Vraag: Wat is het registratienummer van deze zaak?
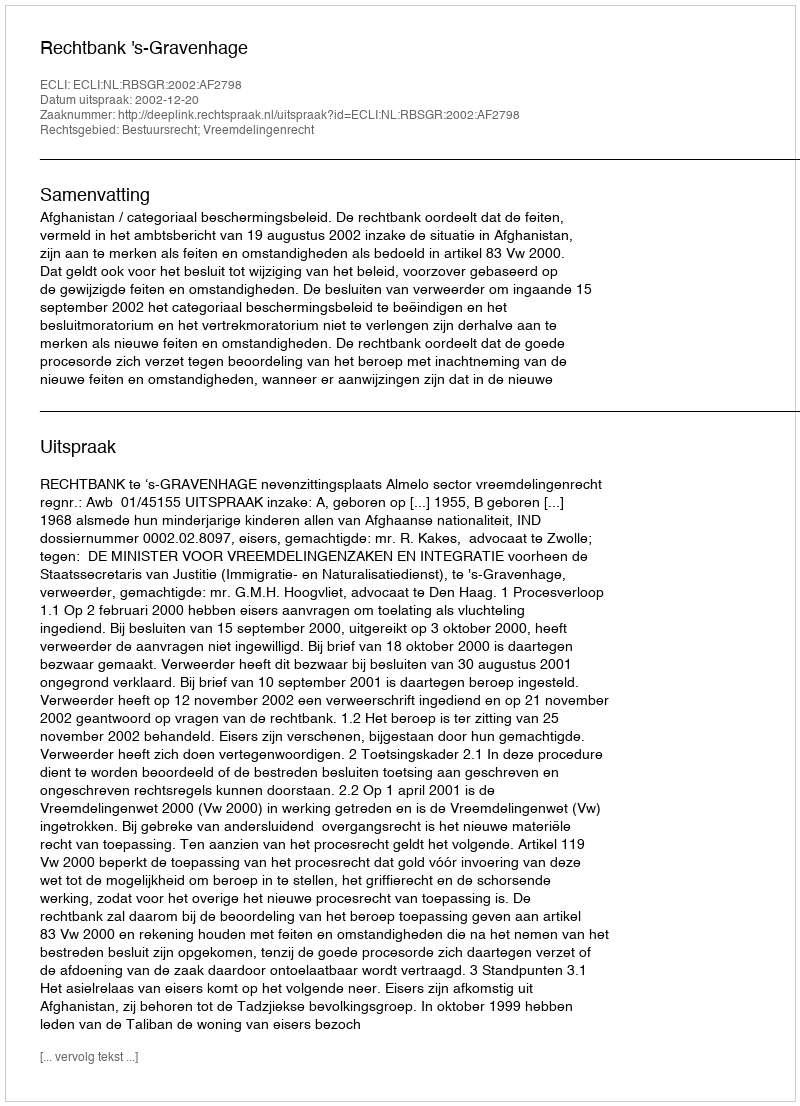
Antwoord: http://deeplink.rechtspraak.nl/uitspraak?id=ECLI:NL:RBSGR:2002:AF2798